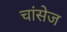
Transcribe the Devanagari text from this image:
चांसेज